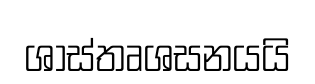
ශාස්තෘශසනයයි